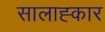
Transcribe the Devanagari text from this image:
सालाह्कार